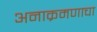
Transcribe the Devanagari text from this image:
अनाक्रमणाचा